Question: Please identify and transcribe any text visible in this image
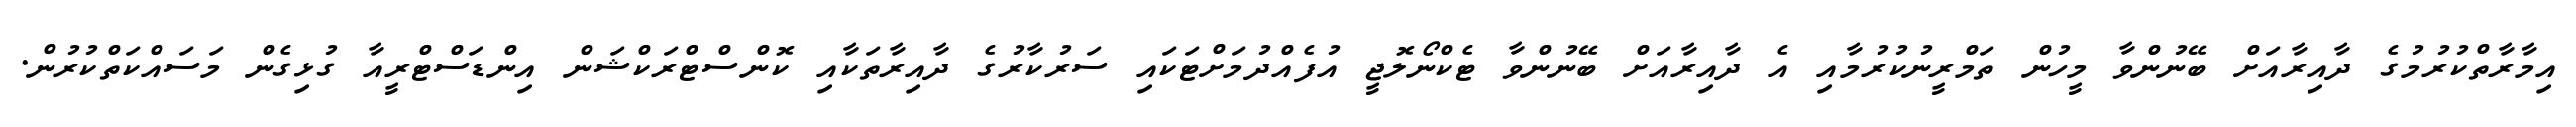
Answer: އިމާރާތްކުރުމުގެ ދާއިރާއަށް ބޭނުންވާ މީހުން ތަމްރީނުކުރުމާއި އެ ދާއިރާއަށް ބޭނުންވާ ޓެކްނޯލޮޖީ އުފެއްދުމަށްޓަކައި ސަރުކާރުގެ ދާއިރާތަކާއި ކޮންސްޓްރަކްޝަން އިންޑަސްޓްރީއާ ގުޅިގެން މަސައްކަތްކުރުން.